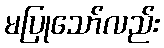
မပြုသော်လည်း